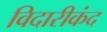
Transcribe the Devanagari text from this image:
विदारीकंद